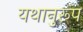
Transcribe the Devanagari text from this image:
यथानुरूप